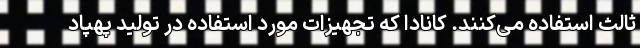
ثالث استفاده می‌کنند. کانادا که تجهیزات مورد استفاده در تولید پهپاد